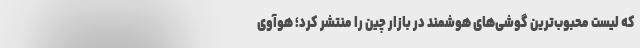
که لیست محبوب‌ترین گوشی‌های هوشمند در بازار چین را منتشر کرد؛ هوآوی